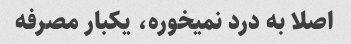
اصلا به درد نمیخوره، یکبار مصرفه